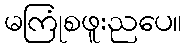
မကြုံစဖူးညပေ။